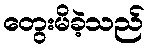
တွေးမိခဲ့သည်